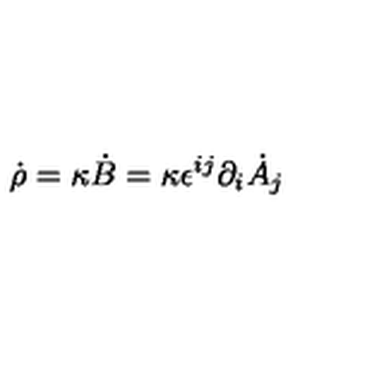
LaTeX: \dot { \rho } = \kappa \dot { B } = \kappa \epsilon ^ { i j } \partial _ { i } \dot { A } _ { j }